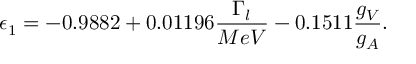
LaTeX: \epsilon _ { 1 } = - 0 . 9 8 8 2 + 0 . 0 1 1 9 6 \frac { \Gamma _ { l } } { M e V } - 0 . 1 5 1 1 \frac { g _ { V } } { g _ { A } } .